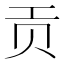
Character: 贡